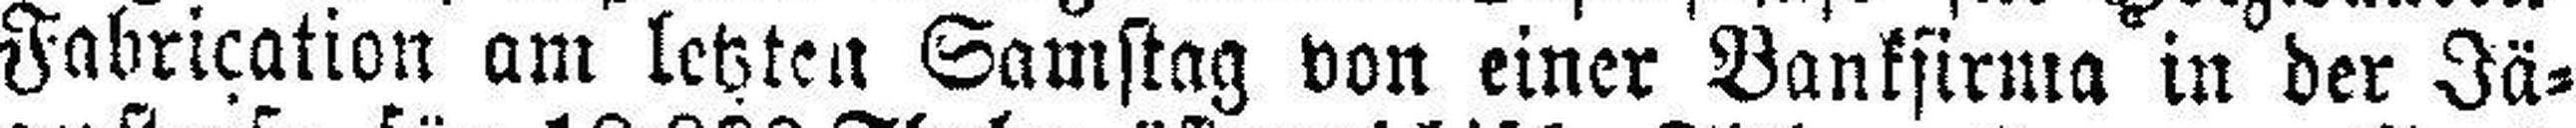
Fabrication am letzten Samstag von einer Bankfirma in der Jä¬